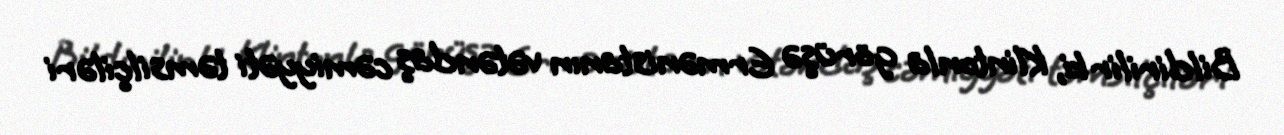
Bildirilir ki, Klintonla görüşə Ermənistanın vətəndaş cəmiyyəti təmsilçiləri